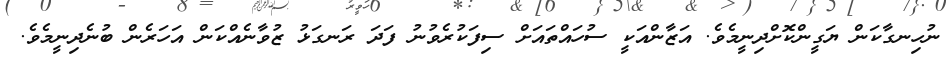
ނުހިނގާކަން ޔަގީންކޮށްދިނީމެވެ. އަޒާންއަކީ ސުހައްތައަށް ސިފަކުރެވުނު ފަދަ ރަނގަޅު ޒުވާނެއްކަން އަހަރެން ބުނެދިނީމެވެ.